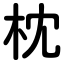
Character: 枕